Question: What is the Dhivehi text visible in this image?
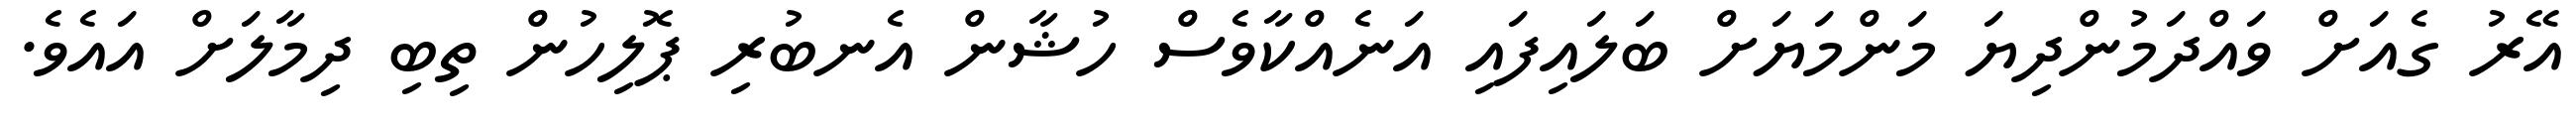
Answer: އޭރު ގެއަށް ވައްދަމުންދިޔަ މަންމަޔަށް ބަލައިފައި އަނެއްކާވެސް ހުޝާން އެނބުރި ޕޮލިހުން ތިބި ދިމާލަށް އައެވެ.